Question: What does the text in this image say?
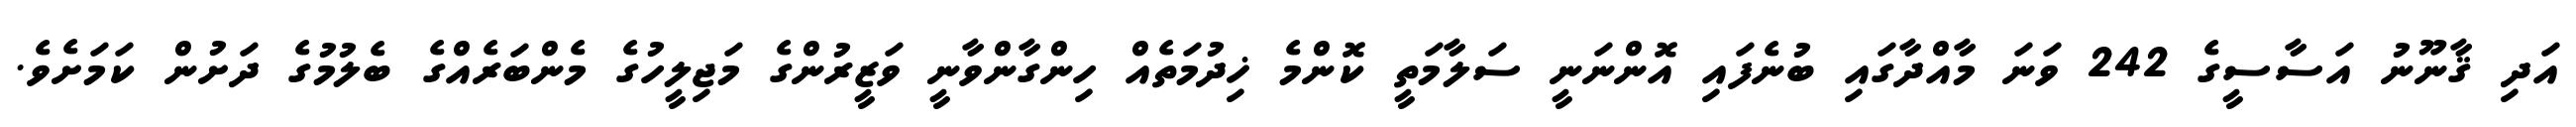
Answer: އަދި ޤާނޫނު އަސާސީގެ 242 ވަނަ މާއްދާގައި ބުނެފައި އޮންނަނީ ސަލާމަތީ ކޮންމެ ޚިދުމަތެއް ހިންގާންވާނީ ވަޒީރުންގެ މަޖިލީހުގެ މެންބަރެއްގެ ބެލުމުގެ ދަށުން ކަމަށެވެ.